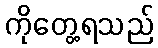
ကိုတွေ့ရသည်